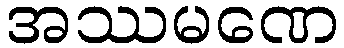
အဿမဏေ